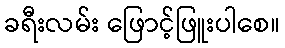
ခရီးလမ်း ဖြောင့်ဖြူးပါစေ။